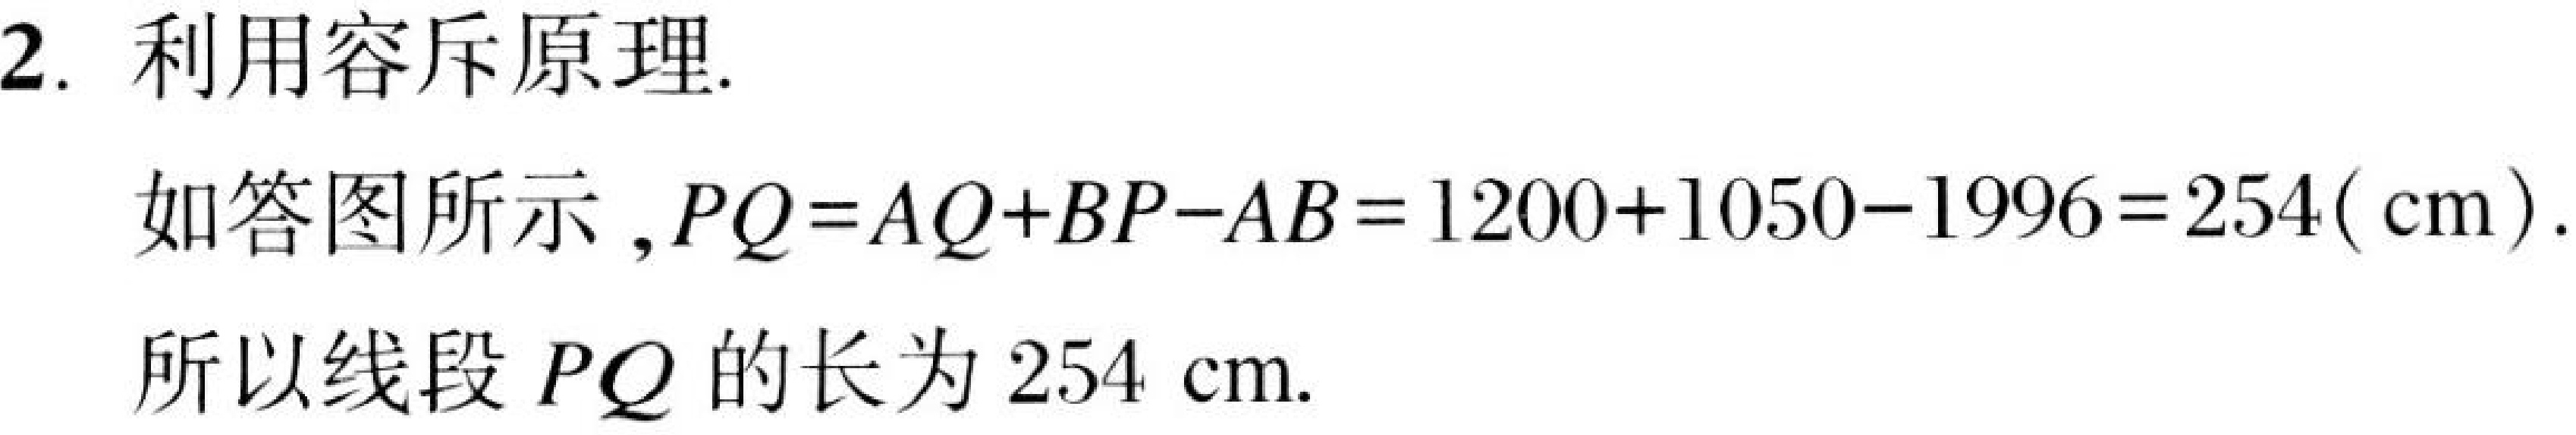
2. 利用容斥原理.
如答图所示，\(PQ = AQ + BP - AB=1200 + 1050 - 1996 = 254(\text{cm})\).
所以线段 \(PQ\) 的长为 \(254\ \text{cm}\).